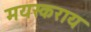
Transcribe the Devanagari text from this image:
मयस्कराय